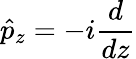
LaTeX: \hat{p}_{z}=-i\frac{d}{dz}